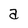
Character: a